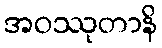
အဝဿုတာနိ